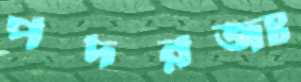
পদরজঃ